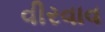
વીરવાવ